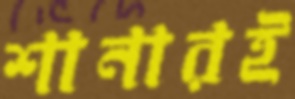
শানারই